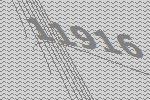
11916